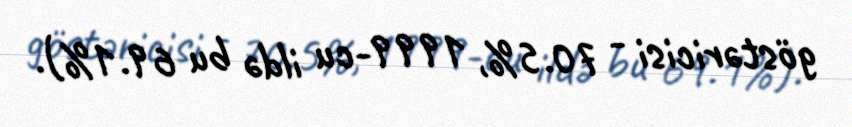
göstəricisi - 70.5%, 1999-cu ildə bu 69.1%).